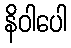
နိဝါပေါ